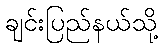
ချင်းပြည်နယ်သို့